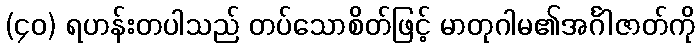
(၄၀) ရဟန်းတပါသည် တပ်သောစိတ်ဖြင့် မာတုဂါမ၏အင်္ဂါဇာတ်ကို